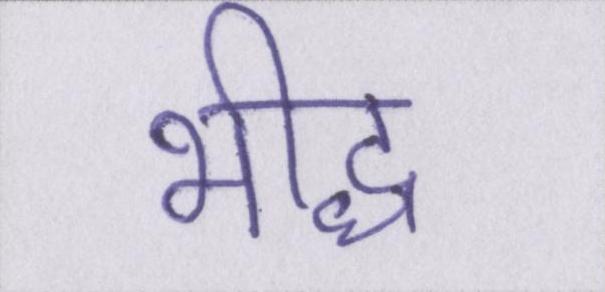
भीद्ध